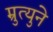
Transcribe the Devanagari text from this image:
म्रुत्युने